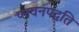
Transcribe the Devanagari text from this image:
प्लवनपद्धति